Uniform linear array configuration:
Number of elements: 24
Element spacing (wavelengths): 0.75
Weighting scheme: binomial
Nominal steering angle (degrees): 30
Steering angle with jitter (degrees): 28.358
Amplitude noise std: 0.05
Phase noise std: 0.05

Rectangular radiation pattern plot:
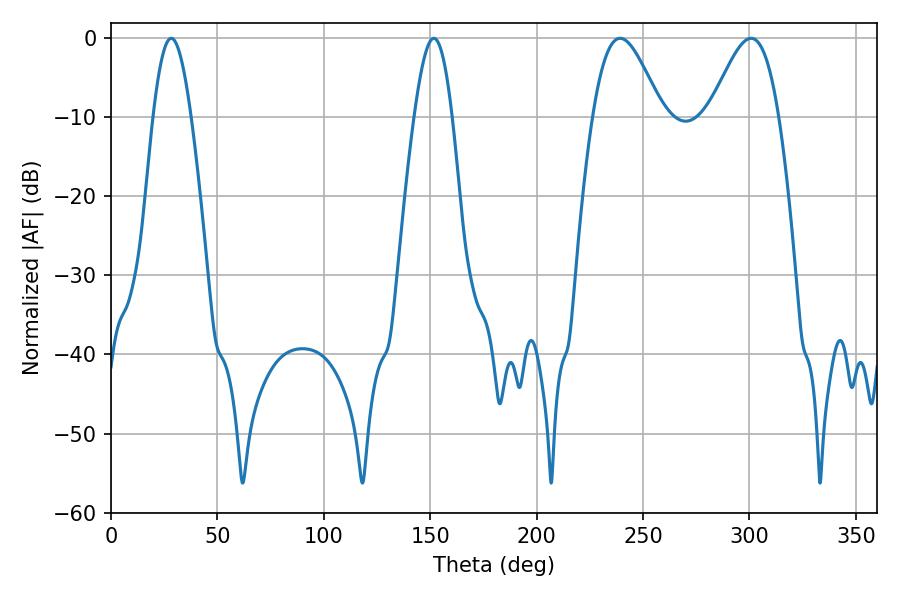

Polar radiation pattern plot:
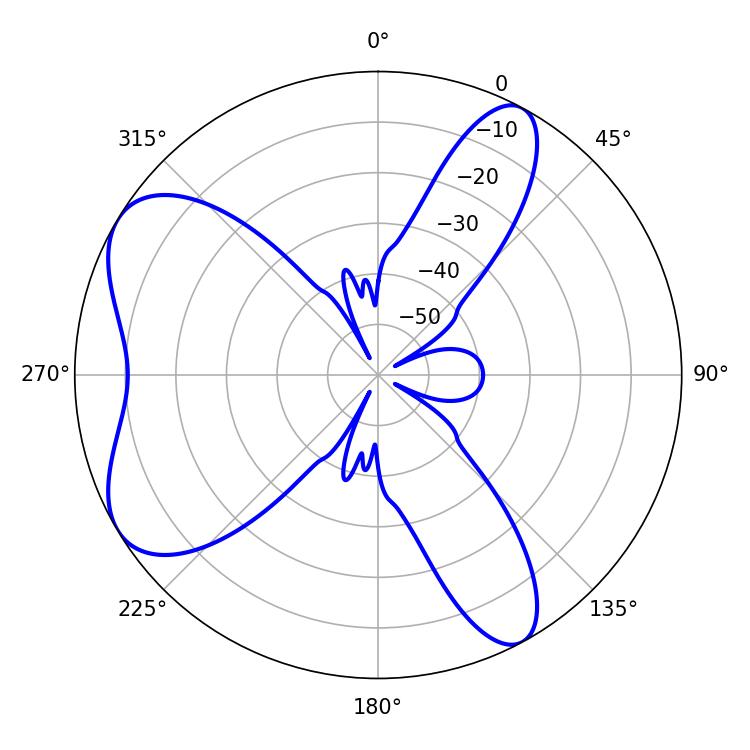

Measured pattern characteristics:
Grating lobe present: TRUE
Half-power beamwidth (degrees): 17.28
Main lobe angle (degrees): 239.22